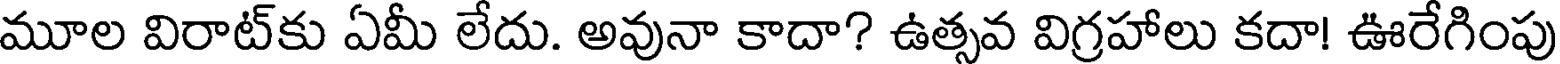
మూల విరాట్కు ఏమీ లేదు. అవునా కాదా? ఉత్సవ విగ్రహాలు కదా! ఊరేగింపు